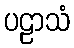
ပဠာသံ